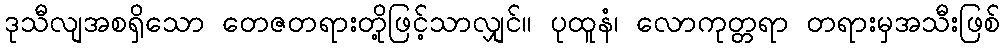
ဒုသီလျအစရှိသော တေဇတရားတို့ဖြင့်သာလျှင်။ ပုထူနံ၊ လောကုတ္တရာ တရားမှအသီးဖြစ်